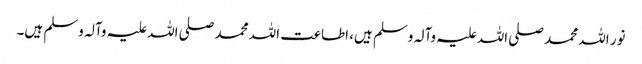
نور اللہ محمد صلی اللہ علیہ وآلہ وسلم ہیں، اطاعت اللہ محمد صلی اللہ علیہ وآلہ وسلم ہیں۔